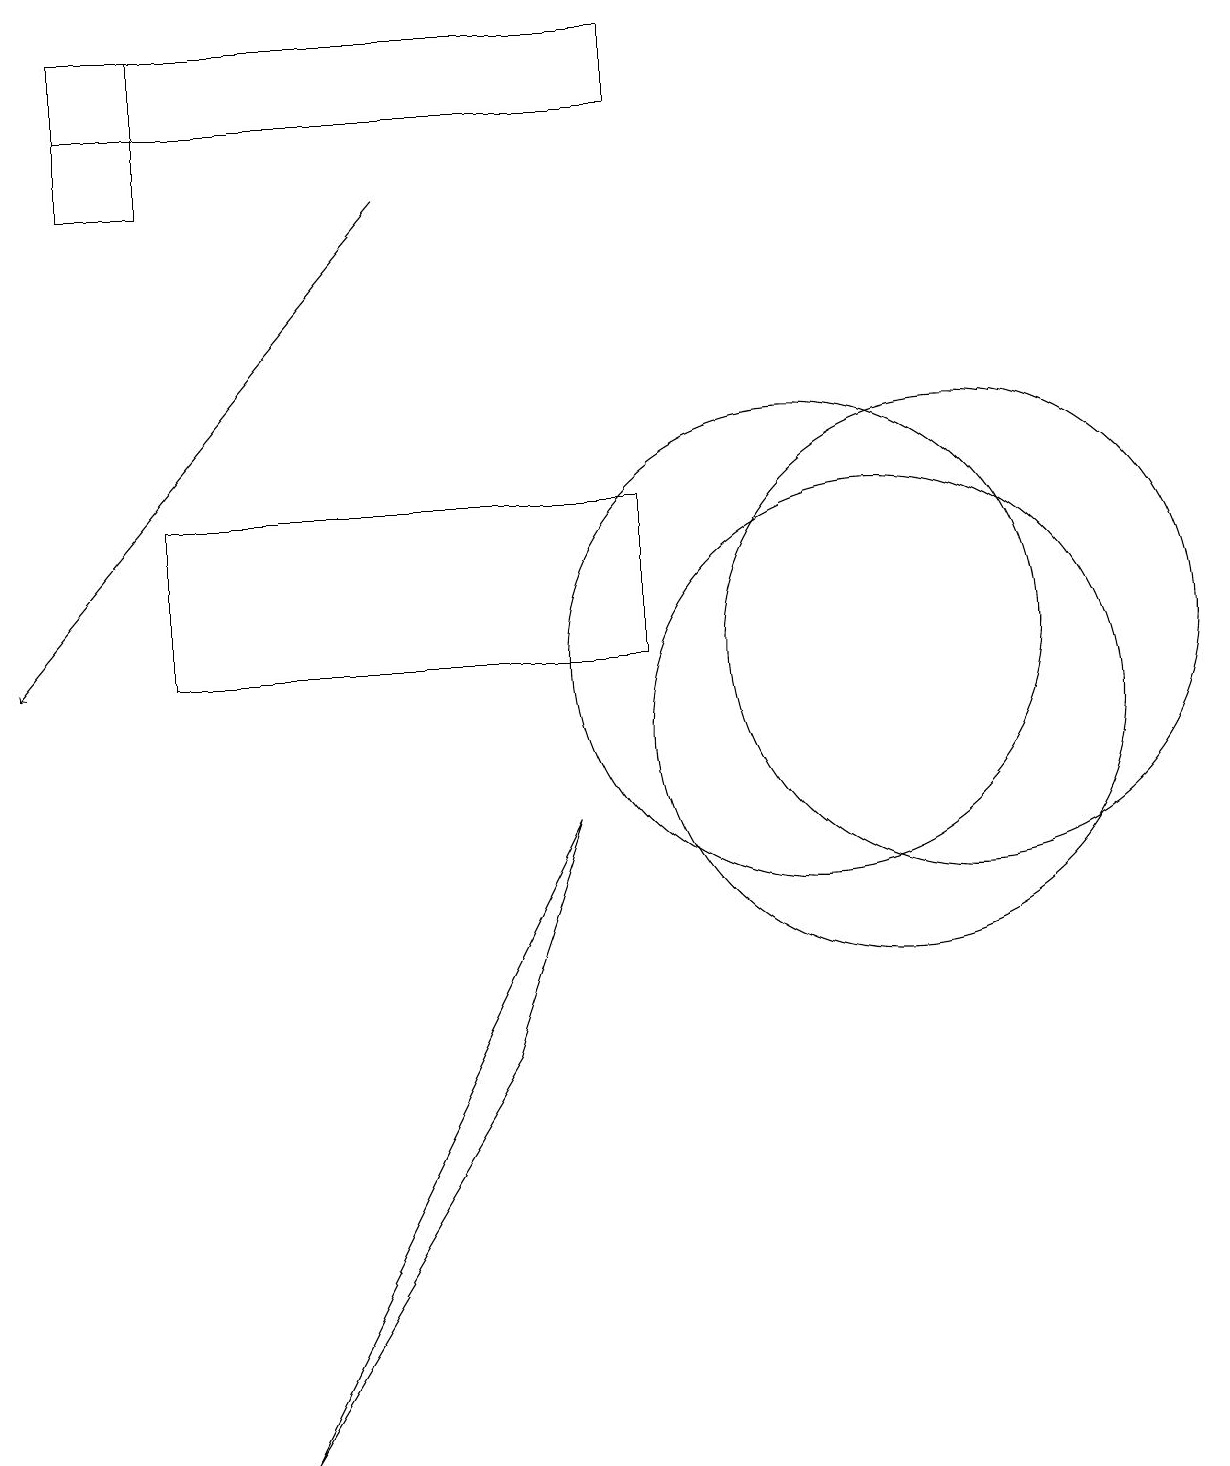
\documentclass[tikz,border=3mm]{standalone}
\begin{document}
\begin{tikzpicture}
\draw[->] (5,17) -- (0,11);
\draw (11,10) circle (3);
\draw (12,11) circle (3);
\draw (10,11) circle (3);
\draw (7,9) -- (6,6) -- (3,1) -- cycle;
\draw (2,11) rectangle (8,13);
\draw (8,18) rectangle (1,19);
\draw (2,19) rectangle (1,17);
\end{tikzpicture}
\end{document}